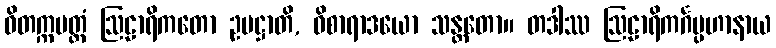
ဝိတက္ကမတ္တံ ဩဠာရိကတော ဥပဋ္ဌာတိ, ဝိစာရာဒယော သန္တတော။ တဒါဿ ဩဠာရိကင်္ဂပ္ပဟာနာယ